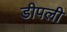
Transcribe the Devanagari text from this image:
डीपली